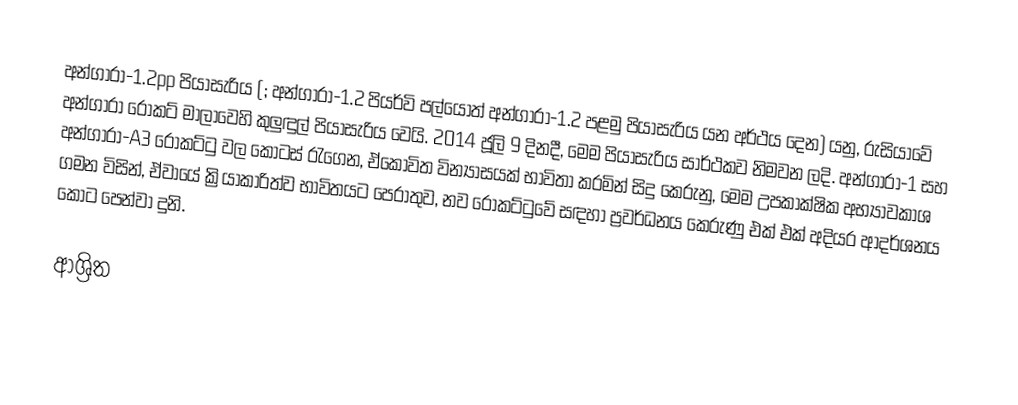
අන්ගාරා-1.2pp පියාසැරිය (; අන්ගාරා-1.2 පියර්වි පල්යෝත් අන්ගාරා-1.2 පළමු පියාසැරිය යන අර්ථය දෙන) යනු,  රුසියාවේ අන්ගාරා රොකට් මාලාවෙහි කුලුඳුල් පියාසැරිය වෙයි. 2014 ජූලි 9 දිනදී, මෙම පියාසැරිය සාර්ථකව නිමවන ලදි. අන්ගාරා-1 සහ අන්ගාරා-A3 රොකට්ටු වල කොටස් රැගෙන, ඒකෝවිත වින්‍යාසයක් භාවිතා කරමින් සිදු කෙරුනු,  මෙම උපකාක්ෂික අභ්‍යාවකාශ ගමන විසින්, ඒවායේ ක්‍රියාකාරිත්ව භාවිතයට පෙරාතුව,  නව රොකට්ටුවේ සඳහා  ප්‍රවර්ධනය කෙරුණු එක් එක් අදියර ආදර්ශනය කොට පෙන්වා දුනි.

ආශ්‍රිත